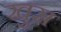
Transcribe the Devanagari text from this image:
खुरा